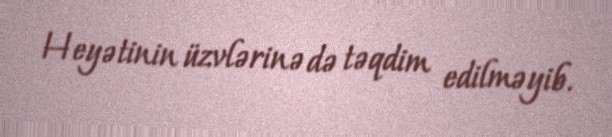
Heyətinin üzvlərinə də təqdim edilməyib.